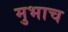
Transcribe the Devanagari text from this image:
मुभाच